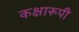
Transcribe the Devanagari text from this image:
कक्षारूपी